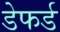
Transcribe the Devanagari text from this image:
डेफर्ड